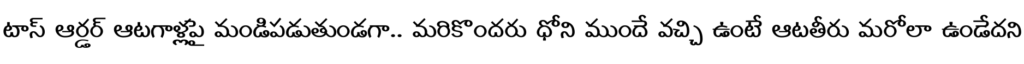
టాప్ ఆర్డర్ ఆటగాళ్లపై మండిపడుతుండగా.. మరికొందరు ధోని ముందే వచ్చి ఉంటే ఆటతీరు మరోలా ఉండేదని